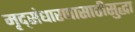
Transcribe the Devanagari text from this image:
मृद्संधारणासाठीसुद्धा